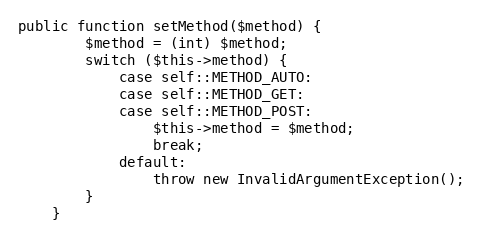
Language: PHP
public function setMethod($method) {
        $method = (int) $method;
        switch ($this->method) {
            case self::METHOD_AUTO:
            case self::METHOD_GET:
            case self::METHOD_POST:
                $this->method = $method;
                break;
            default:
                throw new InvalidArgumentException();
        }
    }